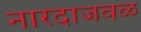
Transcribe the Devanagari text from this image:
नारदाजवळ